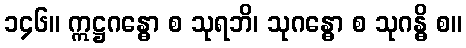
၁၄၆။ ဣဋ္ဌဂန္ဓော စ သုရဘိ၊ သုဂန္ဓော စ သုဂန္ဓိ စ။